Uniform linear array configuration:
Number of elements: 12
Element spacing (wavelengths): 1
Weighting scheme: kaiser
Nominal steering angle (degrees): -30
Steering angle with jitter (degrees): -28.717
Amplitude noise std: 0.05
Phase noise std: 0.05

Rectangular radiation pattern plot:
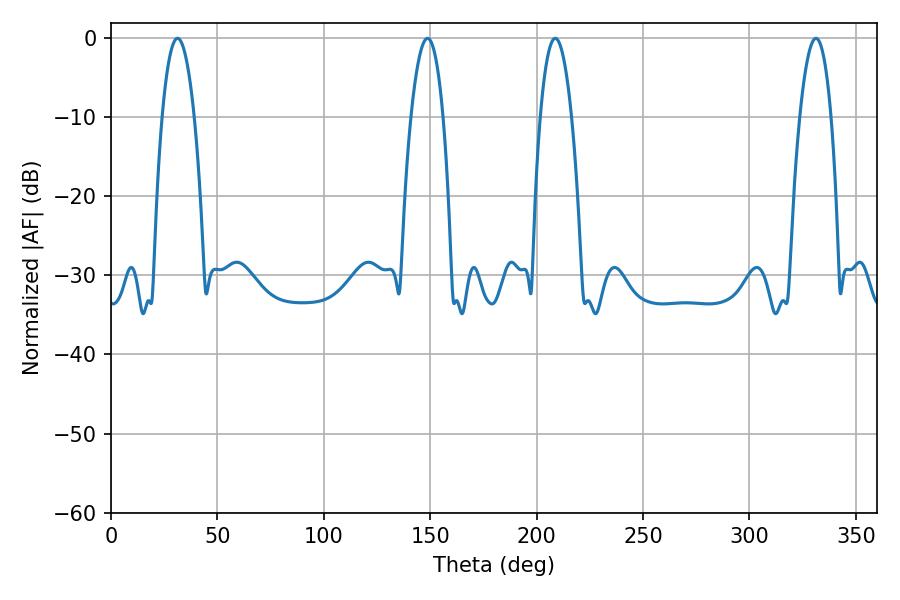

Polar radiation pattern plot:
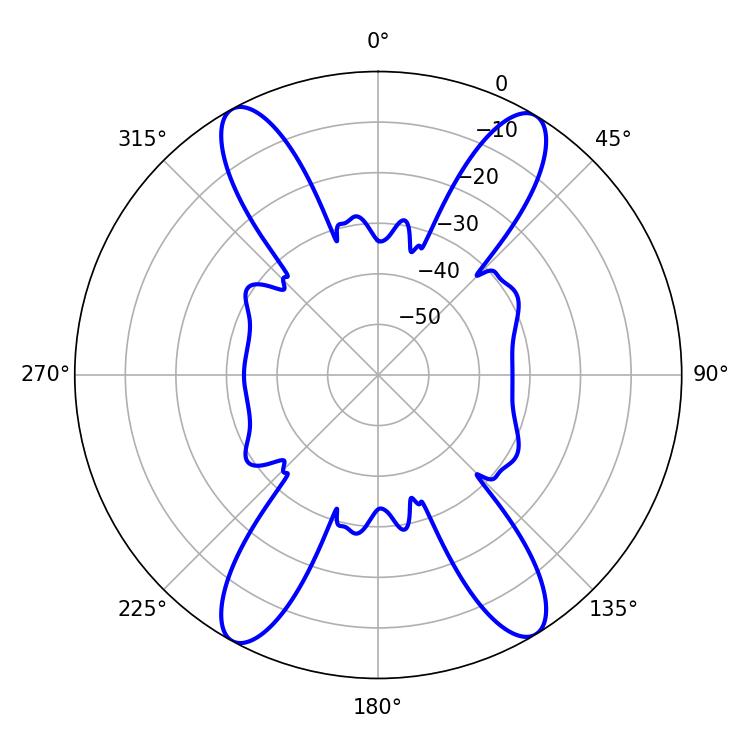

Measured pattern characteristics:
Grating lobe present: TRUE
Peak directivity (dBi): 20.997
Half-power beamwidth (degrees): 8.28
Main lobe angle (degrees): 31.32